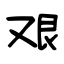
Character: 艰